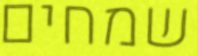
שמחים